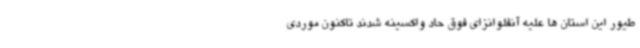
طیور این استان ها علیه آنفلوانزای فوق حاد واکسینه شدند تاکنون موردی